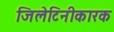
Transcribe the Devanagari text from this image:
जिलेटिनीकारक